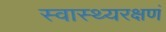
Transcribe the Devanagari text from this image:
स्वास्थ्यरक्षणं